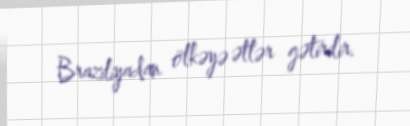
Braziliyadan ölkəyə ətlər gətirilir.